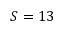
S = 1 3